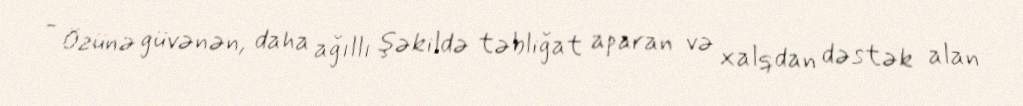
- Özünə güvənən, daha ağıllı şəkildə təbliğat aparan və xalqdan dəstək alan